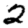
Digit: 2